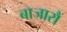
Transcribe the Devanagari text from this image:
बाजारौं